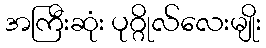
အကြီးဆုံး ပုဂ္ဂိုလ်လေးမျိုး